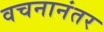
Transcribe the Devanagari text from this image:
वचनानंतर